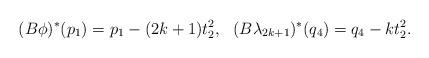
LaTeX: \begin{align*}(B\phi)^\ast(p_1)=p_1-(2k+1)t_2^2, \ \ (B\lambda_{2k+1})^\ast(q_4)=q_4-kt_2^2.\end{align*}